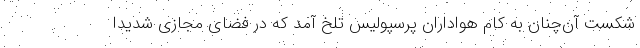
شکست آن‌چنان به کام هواداران پرسپولیس تلخ آمد که در فضای مجازی شدیداً